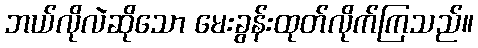
ဘယ်လိုလဲဆိုသော မေးခွန်းထုတ်လိုက်ကြသည်။